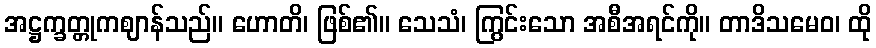
အဋ္ဌက္ခတ္တုကဈာန်သည်။ ဟောတိ၊ ဖြစ်၏။ သေသံ၊ ကြွင်းသော အစီအရင်ကို။ တာဒိသမေဝ၊ ထို